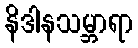
နိဒါနသမ္ဘာရာ